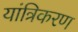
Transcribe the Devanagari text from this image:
यांत्रिकरण